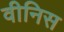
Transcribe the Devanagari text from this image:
वीनिस